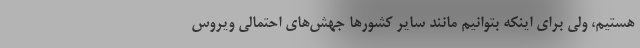
هستیم، ولی برای اینکه بتوانیم مانند سایر کشورها جهش‌های احتمالی ویروس